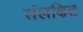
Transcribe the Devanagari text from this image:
संलक्षित